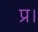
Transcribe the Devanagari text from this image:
प्र।